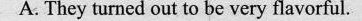
A.They turned out to be very flavorful.